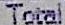
TOTAL